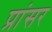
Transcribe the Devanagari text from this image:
प्रांसर